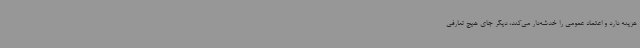
هزینه دارد و اعتماد عمومی را خدشه‌دار می‌کند، دیگر جای هیچ تعارفی